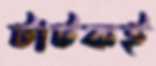
টাটকই